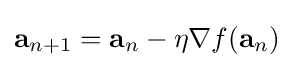
\mathbf {a} _{n+1}=\mathbf {a} _{n}-\eta \nabla f(\mathbf {a} _{n})